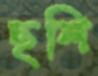
ছলি